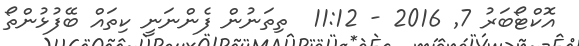
އޮކްޓޯބަރު 7